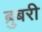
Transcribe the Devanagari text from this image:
ब्रुबरी